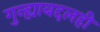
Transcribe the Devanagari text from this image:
गुन्ह्याबद्दलही